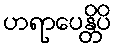
ဟရာပေန္တိပိ